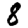
Digit: 8